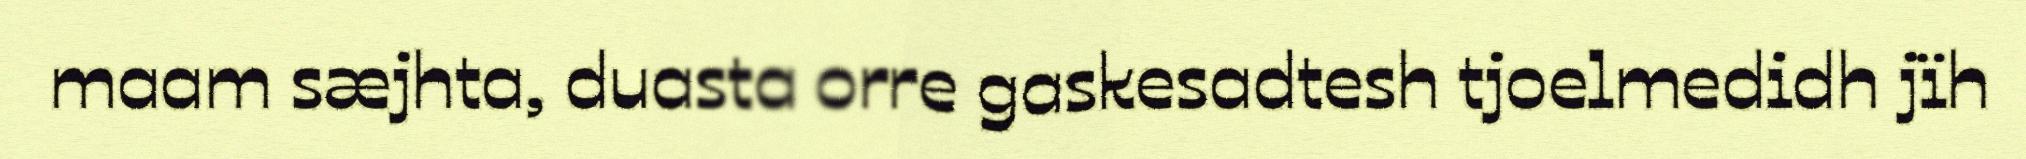
maam sæjhta, duasta orre gaskesadtesh tjoelmedidh jïh